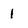
Character: 1